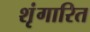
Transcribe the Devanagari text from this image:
शृंगारित